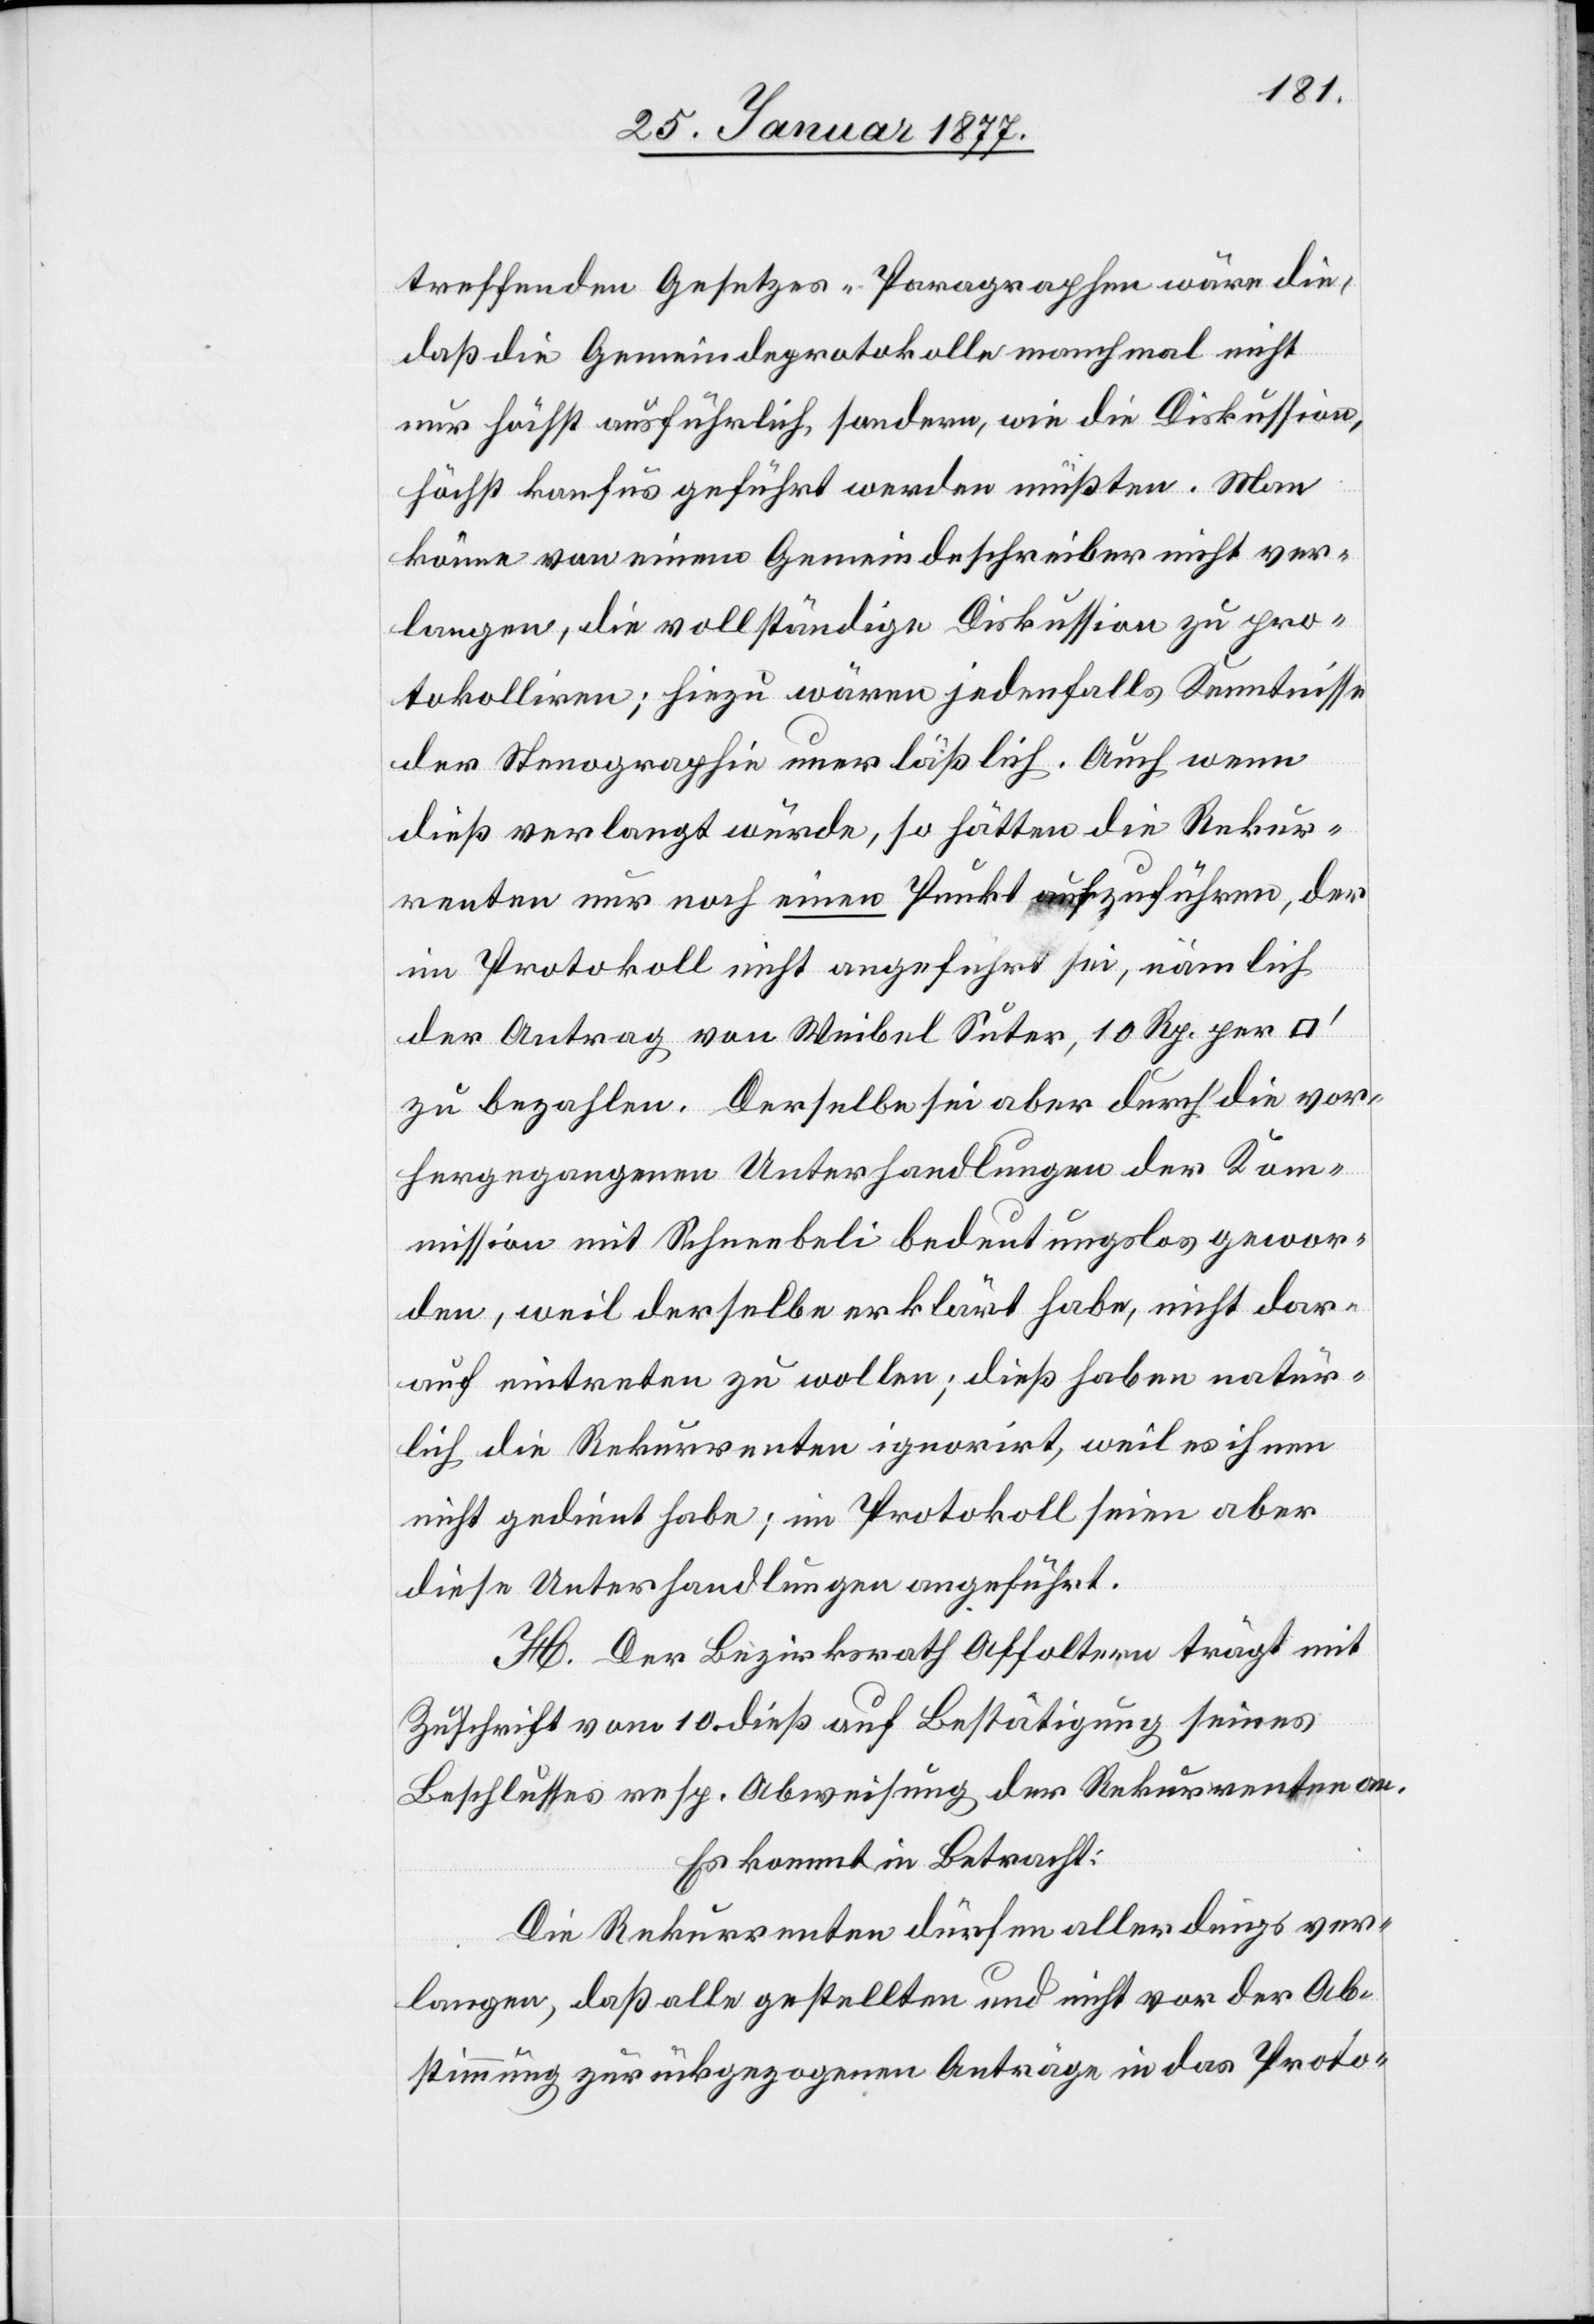
treffenden Gesetzes-Paragraphen wäre die,
daß die Gemeindeprotokolle manchmal nicht
nur höchst ausführlich, sondern, wie die Diskussion,
höchst konfus geführt werden müßten. Man
könne von einem Gemeindeschreiber nicht ver¬
langen, die vollständige Diskussion zu pro¬
tokolliren; hiezu wären jedenfalls Kenntnisse
der Stenographie unerlässlich. Auch wenn
dieß verlangt würde, so hätten die Rekur¬
renten nur noch einen Punkt aufzuführen, der
im Protokoll nicht angeführt sei, nämlich
der Antrag von Weibel Suter, 10 Rp. per
zu bezahlen. Derselbe sei aber durch die vor¬
hergegangenen Unterhandlungen der Kom¬
mission mit Schneebeli bedeutungslos gewor¬
den, weil derselbe erklärt habe, nicht dar¬
auf eintreten zu wollen; dieß haben natür¬
lich die Rekurrenten ignorirt, weil es ihnen
nicht gedient habe; im Protokoll seien aber
diese Unterhandlungen angeführt.
H. Der Bezirksrath Affoltern trägt mit
Zuschrift vom 10. dieß auf Bestätigung seines
Beschlusses resp. Abweisung der Rekurrenten an.
Hiebei kommt in Betracht:
Die Rekurrenten dürfen allerdings ver¬
langen, daß alle gestellten und nicht vor der Ab¬
stimmung zurückgezogenen Anträge in das Proto-